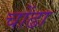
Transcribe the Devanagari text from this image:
चोंढा